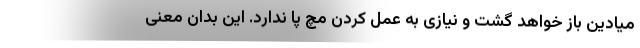
میادین باز خواهد گشت و نیازی به عمل کردن مچ پا ندارد. این بدان معنی